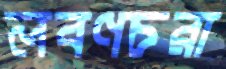
লবণচরা